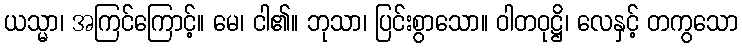
ယသ္မာ၊ အကြင်ကြောင့်။ မေ၊ ငါ၏။ ဘုသာ၊ ပြင်းစွာသော။ ဝါတဝုဋ္ဌိ၊ လေနှင့် တကွသော